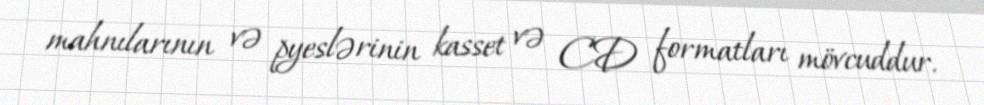
mahnılarının və pyeslərinin kasset və CD formatları mövcuddur.